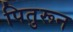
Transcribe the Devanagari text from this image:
पितुरून